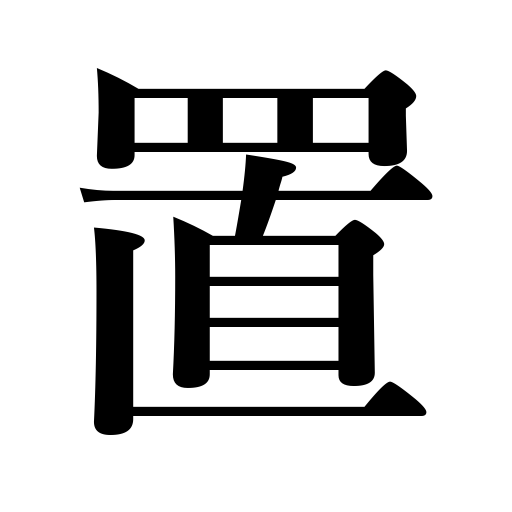
Meanings: employ,deposit,put,place,skip one day,leave behind,appoint,post,have,keep,station,lay,establish,leave,be formed dew,set,pawn